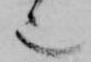
也